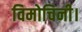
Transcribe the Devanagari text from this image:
विमोचिनी।